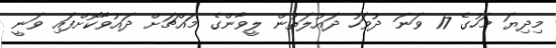
މިދިޔަ މަހުގެ 17 ވަނަ ދުވަހު ދައުލަތުން ލީވާންގެ މައްޗަށް ދައުވާކޮށްފައި ވަނީ